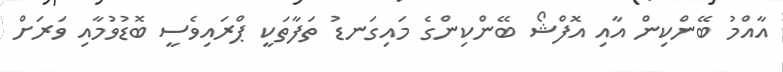
އާއްމު ބޭންކިން އާއި އޮފްޝޯ ބޭންކިންގެ މައިގަނޑު ތަފާތަކީ ޕްރައިވެސީ ބޮޑުވުމާއި ވަރަށް